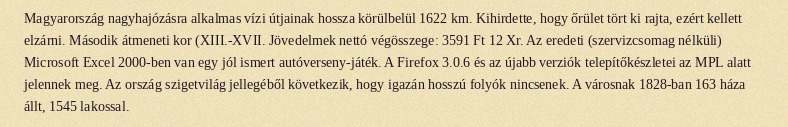
Magyarország nagyhajózásra alkalmas vízi útjainak hossza körülbelül 1622 km. Kihirdette, hogy őrület tört ki rajta, ezért kellett elzárni. Második átmeneti kor (XIII.-XVII. Jövedelmek nettó végösszege: 3591 Ft 12 Xr. Az eredeti (szervizcsomag nélküli) Microsoft Excel 2000-ben van egy jól ismert autóverseny-játék. A Firefox 3.0.6 és az újabb verziók telepítőkészletei az MPL alatt jelennek meg. Az ország szigetvilág jellegéből következik, hogy igazán hosszú folyók nincsenek. A városnak 1828-ban 163 háza állt, 1545 lakossal.